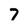
Character: 7